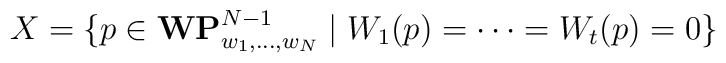
X=\{ p\in {\bf WP}^{N-1}_{w_1,\ldots,w_N} \mid W_1(p)=\cdots=W_{t}(p)=0\}